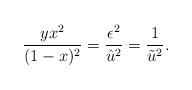
LaTeX: \begin{align*}\frac{y x^2}{(1-x)^2}=\frac{\epsilon^2}{\hat{u}^2}=\frac{1}{\tilde{u}^2}.\end{align*}